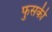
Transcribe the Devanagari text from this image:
फुसकी